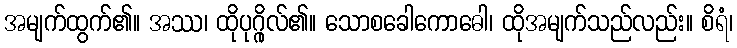
အမျက်ထွက်၏။ အဿ၊ ထိုပုဂ္ဂိုလ်၏။ သောစခေါကောဓေါ၊ ထိုအမျက်သည်လည်း။ စိရံ၊